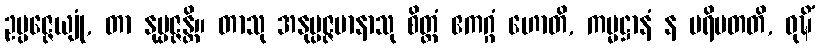
ဥပ္ပဇ္ဇေယျုံ, တာ နုပ္ပဇ္ဇန္တိ။ တာသု အနုပ္ပဇ္ဇမာနာသု စိတ္တံ ဧကဂ္ဂံ ဟောတိ, ကမ္မဋ္ဌာနံ န ပရိပတတိ, ဝုဍ္ဎိံ